Report on vaccination in the Province of Bengal - 1874-1889
Year: 1874
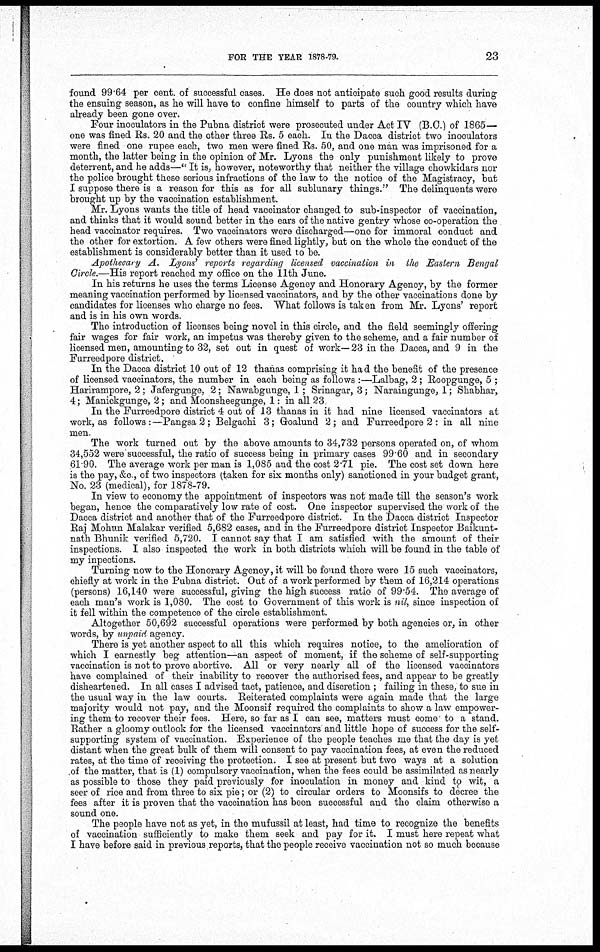
FOR THE YEAR 1878-79.
23
found 99.64 per cent. of successful cases. He does not anticipate such, good results during
the ensuing season, as he will have to confine himself to parts of the country which have
already been gone over.
Four inoculators in the Pubna district were prosecuted under Act IV (B.C.) of 1865—
one was fined Rs. 20 and the other three Rs. 5 each. In the Dacca district two inoculators
were fined one rupee each, two men were fined Rs. 50, and one man was imprisoned for a
month, the latter being in the opinion of Mr. Lyons the only punishment likely to prove
deterrent, and he adds—" It is, however, noteworthy that neither the village chowkidars nor
the police brought these serious infractions of the law to the notice of the Magistracy, but
I suppose there is a reason for this as for all sublunary things." The delinquents were
brought up by the vaccination establishment.
Mr. Lyons wants the title of head vaccinator changed to sub-inspector of vaccination,
and thinks that it would sound better in the ears of the native gentry whose co-operation the
head vaccinator requires. Two vaccinators were discharged—one for immoral conduct and
the other for extortion. A few others were fined lightly, but on the whole the conduct of the
establishment is considerably better than it used to be.
Apothecary A. Lyons reports regarding licensed vaccination in the Eastern Bengal
Circle.—His report reached my office on the 11th June.
In his returns he uses the terms License Agency and Honorary Agency, by the former
meaning vaccination performed by licensed vaccinators, and by the other vaccinations done by
candidates for licenses who charge no fees. What follows is taken from Mr. Lyons' report
and is in his own words.
The introduction of licenses being novel in this circle, and the field seemingly offering
fair wages for fair work, an impetus was thereby given to the scheme, and a fair number of
licensed men, amounting to 32, set out in quest of work— 23 in the Dacca, and 9 in the
Furreedpore district.
In the Dacca district 10 out of 12 thanas comprising it had the benefit of the presence
of licensed vaccinators, the number in each being as follows :—Lalbag, 2; Roopgunge, 5 ;
Harirampore, 2; Jafergunge, 2; Nawabgunge, 1; Srinagar, 3; Naraingunge, 1; Shabhar,
4; Manickgunge, 2; and Moonsheegunge, 1: in all 23
In the Furreedpore district 4 out of 13 thanas in it had nine licensed vaccinators at
work, as follows:—Pangsa2; Belgachi 3; Goalund 2; and Furreedpore 2: in all nine
men.
The work turned out by the above amounts to 34,732 persons operated on, of whom
34,552 were successful, the ratio of success being in primary cases 99.60 and in secondary
61 90. The average work per man is 1,085 and the cost 2.71 pie. The cost set down here
is the pay, &c., of two inspectors (taken for six months only) sanctioned in your budget grant,
No. 23 (medical), for 1878-79.
In view to economy the appointment of inspectors was not made till the season's work
began, hence the comparatively low rate of cost. One inspector supervised the work of the
Dacca district and another that of the Furreedpore district. In the Dacca district Inspector
Raj Mohun Malakar verified 5,682 cases, and in the Furreedpore district Inspector Baikunt-
nath Bhunik verified 5,720. I cannot say that I am satisfied with the amount of their
inspections. I also inspected the work in both districts which will be found in the table of
my inpections.
Turning now to the Honorary Agency, it will be found there were 15 such vaccinators,
chiefly at work in the Pubna district. Out of a work performed by them of 16,214 operations
(persons) 16,140 were successful, giving the high success ratio of 99.54. The average of
each man's work is 1,080. The cost to Government of this work is nil, since inspection of
it fell within the competence of the circle establishment.
Altogether 50,692 successful operations were performed by both agencies or, in other
words, by unpaid agency.
There is yet another aspect to all this which requires notice, to the amelioration of
which I earnestly beg attention—an aspect of moment, if the scheme of self-supporting
vaccination is not to prove abortive. All or very nearly all of the licensed vaccinators
have complained of their inability to recover the authorised fees, and appear to be greatly
disheartened. In all cases I advised tact, patience, and discretion ; failing in these, to sue in
the usual way in the law courts. Reiterated complaints were again made that the large
majority would not pay, and the Moonsif required the complaints to show a law empower-
ing them to recover their fees. Here, so far as I can see, matters must come to a stand.
Rather a gloomy outlook for the licensed vaccinators and little hope of success for the self-
supporting system of vaccination. Experience of the people teaches me that the day is yet
distant when the great bulk of them will consent to pay vaccination fees, at even the reduced
rates, at the time of receiving the protection. I see at present but two ways at a solution
of the matter, that is (1) compulsory vaccination, when the fees could be assimilated as nearly
as possible to those they paid previously for inoculation in money and kind to wit, a
seer of rice and from three to six pie; or (2) to circular orders to Moonsifs to decree the
fees after it is proven that the vaccination has been successful and the claim otherwise a
sound one.
The people have not as yet, in the mufussil at least, had time to recognize the benefits
of vaccination sufficiently to make them seek and pay for it. I must here repeat what
I have before said in previous reports, that the people receive vaccination not so much because